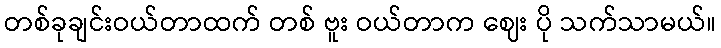
တစ်ခုချင်းဝယ်တာထက် တစ် ဗူး ဝယ်တာက ဈေး ပို သက်သာမယ်။